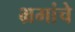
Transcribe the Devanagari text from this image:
भ्रमांचे